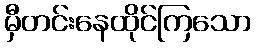
မှီတင်းနေထိုင်ကြသော